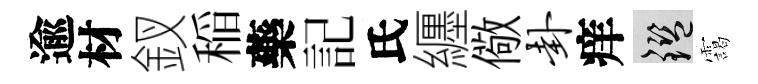
逾材釵稲藥記氏纒儆卦痒鑒靄